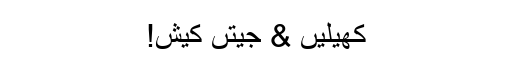
کھیلیں & جیتں کیش!